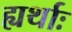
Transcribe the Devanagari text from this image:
ह्यर्थाः